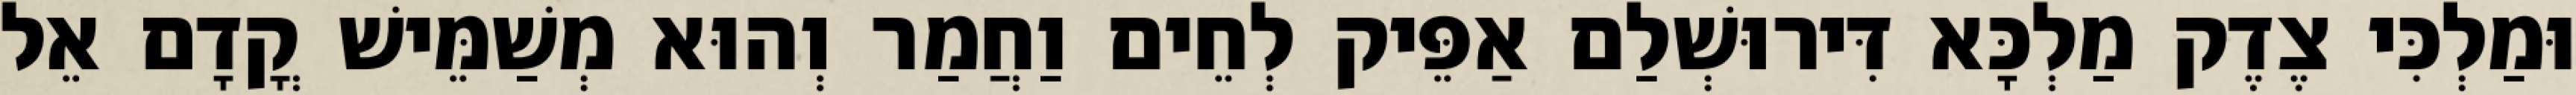
וּמַלְכִּי צֶדֶק מַלְכָּא דִּירוּשְׁלַם אַפֵּיק לְחֵים וַחֲמַר וְהוּא מְשַׁמֵּישׁ קֳדָם אֵל